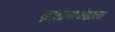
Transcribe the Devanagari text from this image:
ब्राह्मणश्रेष्ठाला